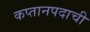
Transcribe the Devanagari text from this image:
कप्तानपदाची